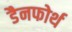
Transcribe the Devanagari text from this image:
डैनफोर्थ